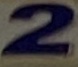
2